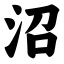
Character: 沼